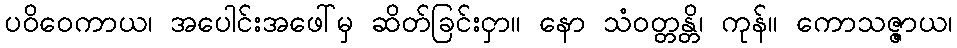
ပဝိဝေကာယ၊ အပေါင်းအဖေါ်မှ ဆိတ်ခြင်းငှာ။ နော သံဝတ္တန္တိ၊ ကုန်။ ကောသဇ္ဇာယ၊